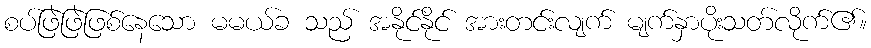
စပ်ဖြဲဖြဲဖြစ်နေသော မမယ်ခ သည် အနိုင်နိုင် အားတင်းလျက် မျက်နှာပိုးသတ်လိုက်၏။